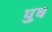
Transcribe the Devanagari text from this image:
पुष